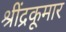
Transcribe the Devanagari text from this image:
श्रींद्रकूमार